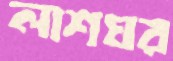
লাশঘর